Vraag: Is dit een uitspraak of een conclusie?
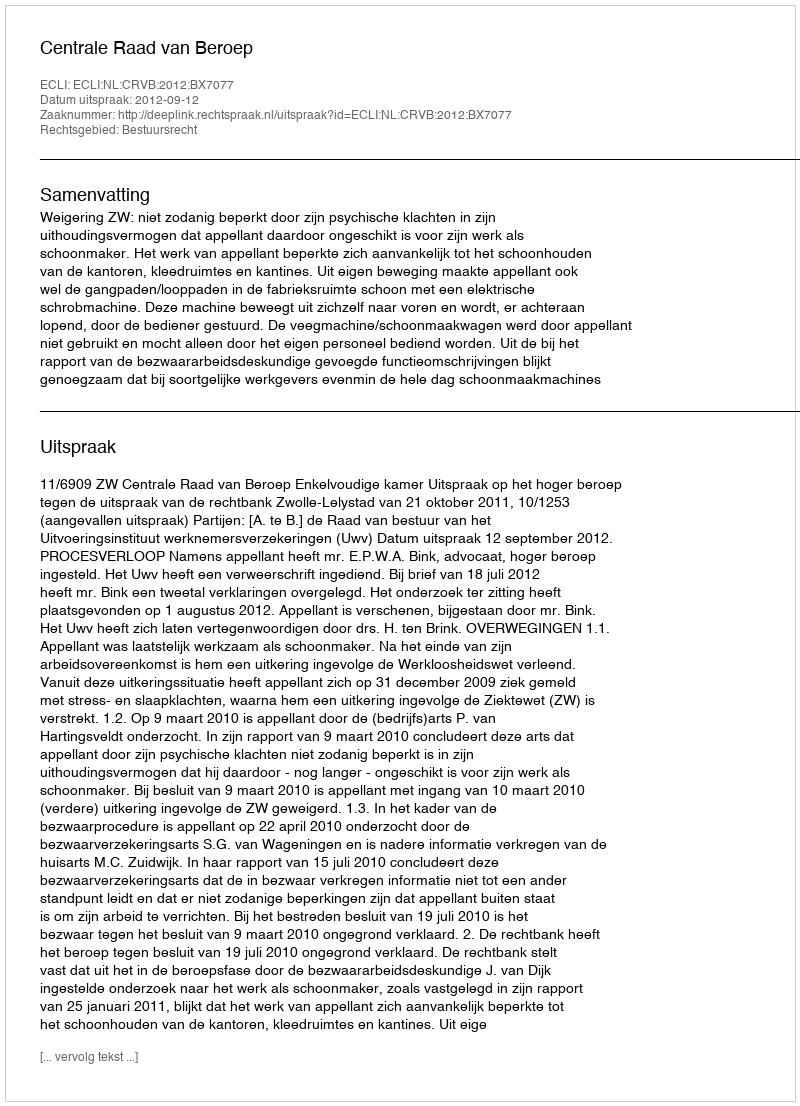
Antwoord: Uitspraak